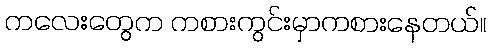
ကလေးတွေက ကစားကွင်းမှာကစားနေတယ်။